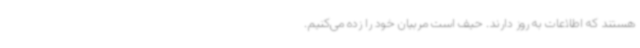
هستند که اطلاعات به روز دارند. ‌حیف است مربیان خود را زده می‌کنیم.